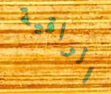
الراقية